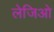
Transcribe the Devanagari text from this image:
लेजिओ